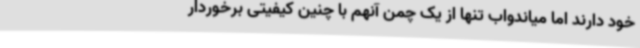
خود دارند اما میاندواب تنها از یک چمن آنهم با چنین کیفیتی برخوردار